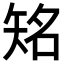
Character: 𥏍